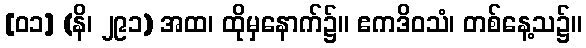
[၀၁] (နိ၊ ၂၉၁) အထ၊ ထိုမှနောက်၌။ ဧကဒိဝသံ၊ တစ်နေ့သ၌။